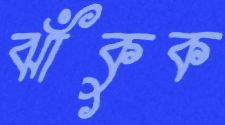
ঝাঁকুক